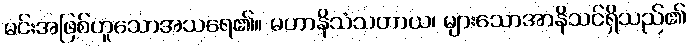
မင်းအဖြစ်ဟူသောအသရေ၏။ မဟာနိသံသတာယ၊ များသောအာနိသင်ရှိသည်၏